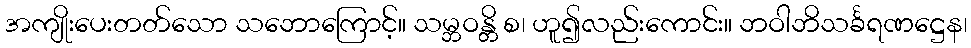
အကျိုးပေးတတ်သော သဘောကြောင့်။ သမ္ဘဝန္တိ စ၊ ဟူ၍လည်းကောင်း။ ဘဝါဘိသင်္ခရဏဋ္ဌေန၊